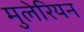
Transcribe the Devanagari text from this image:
मुलेरियन